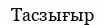
Тасзығыр